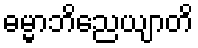
ဓမ္မာဘိညေယျာတိ